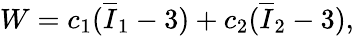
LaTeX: W=c_{1}(\overline{{I}}_{1}-3)+c_{2}(\overline{{I}}_{2}-3),